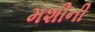
મશીની